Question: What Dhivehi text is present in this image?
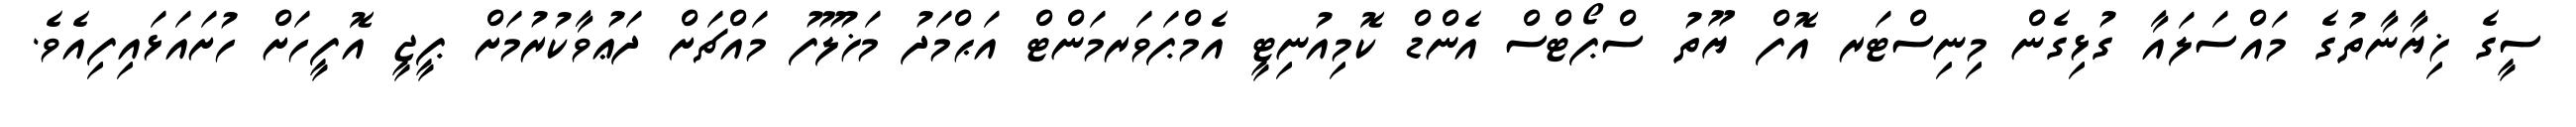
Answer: ސީގެ ޚިޔާނާތުގެ މައްސަލައާ ގުޅިގެން މިނިސްޓަރ އޮފް ޔޫތު ސްޕޯޓްސް އެންޑް ކޮމިއުނިޓީ އެމްޕަވަރމަންޓް އަޙްމަދު މަޚުލޫފު މައްޗަށް ދަޢުވާކުރުމަށް ޕީޖީ އޮފީހަށް ހުށައަޅައިފިއެވެ.